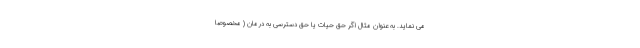
می نماید. به عنوان مثال اگر حق حیات یا حق دسترسی به درمان ( مخصوصا